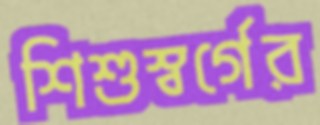
শিশুস্বর্গের